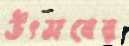
উৎসবের